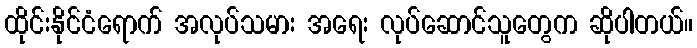
ထိုင်းနိုင်ငံရောက် အလုပ်သမား အရေး လုပ်ဆောင်သူတွေက ဆိုပါတယ်။